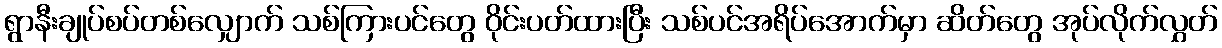
ရွာနီးချုပ်စပ်တစ်လျှောက် သစ်ကြားပင်တွေ ဝိုင်းပတ်ထားပြီး သစ်ပင်အရိပ်အောက်မှာ ဆိတ်တွေ အုပ်လိုက်လွှတ်